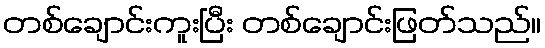
တစ်ချောင်းကူးပြီး တစ်ချောင်းဖြတ်သည်။